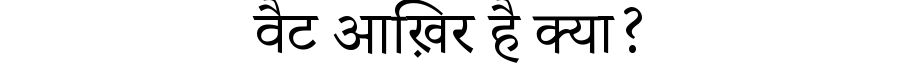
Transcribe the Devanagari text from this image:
वैट आख़िर है क्या?